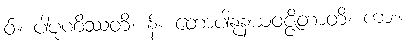
ဝ်။ ပါပုဏိဿတိ၊ န်။ တောပါနုနယဝဇ္ဇိတာတိ၊ ကား။